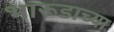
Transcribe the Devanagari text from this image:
भारूडाच्या